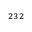
^ { 2 3 2 }